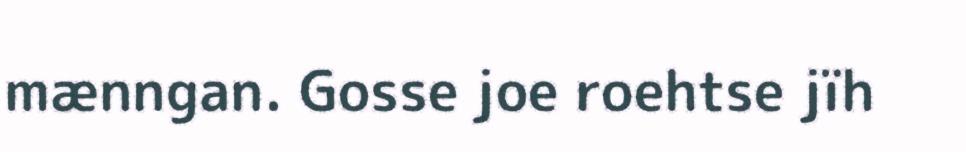
mænngan. Gosse joe roehtse jïh